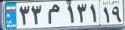
۳۳م۱۳۱۱۹